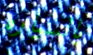
بالسياره